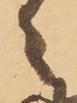
々